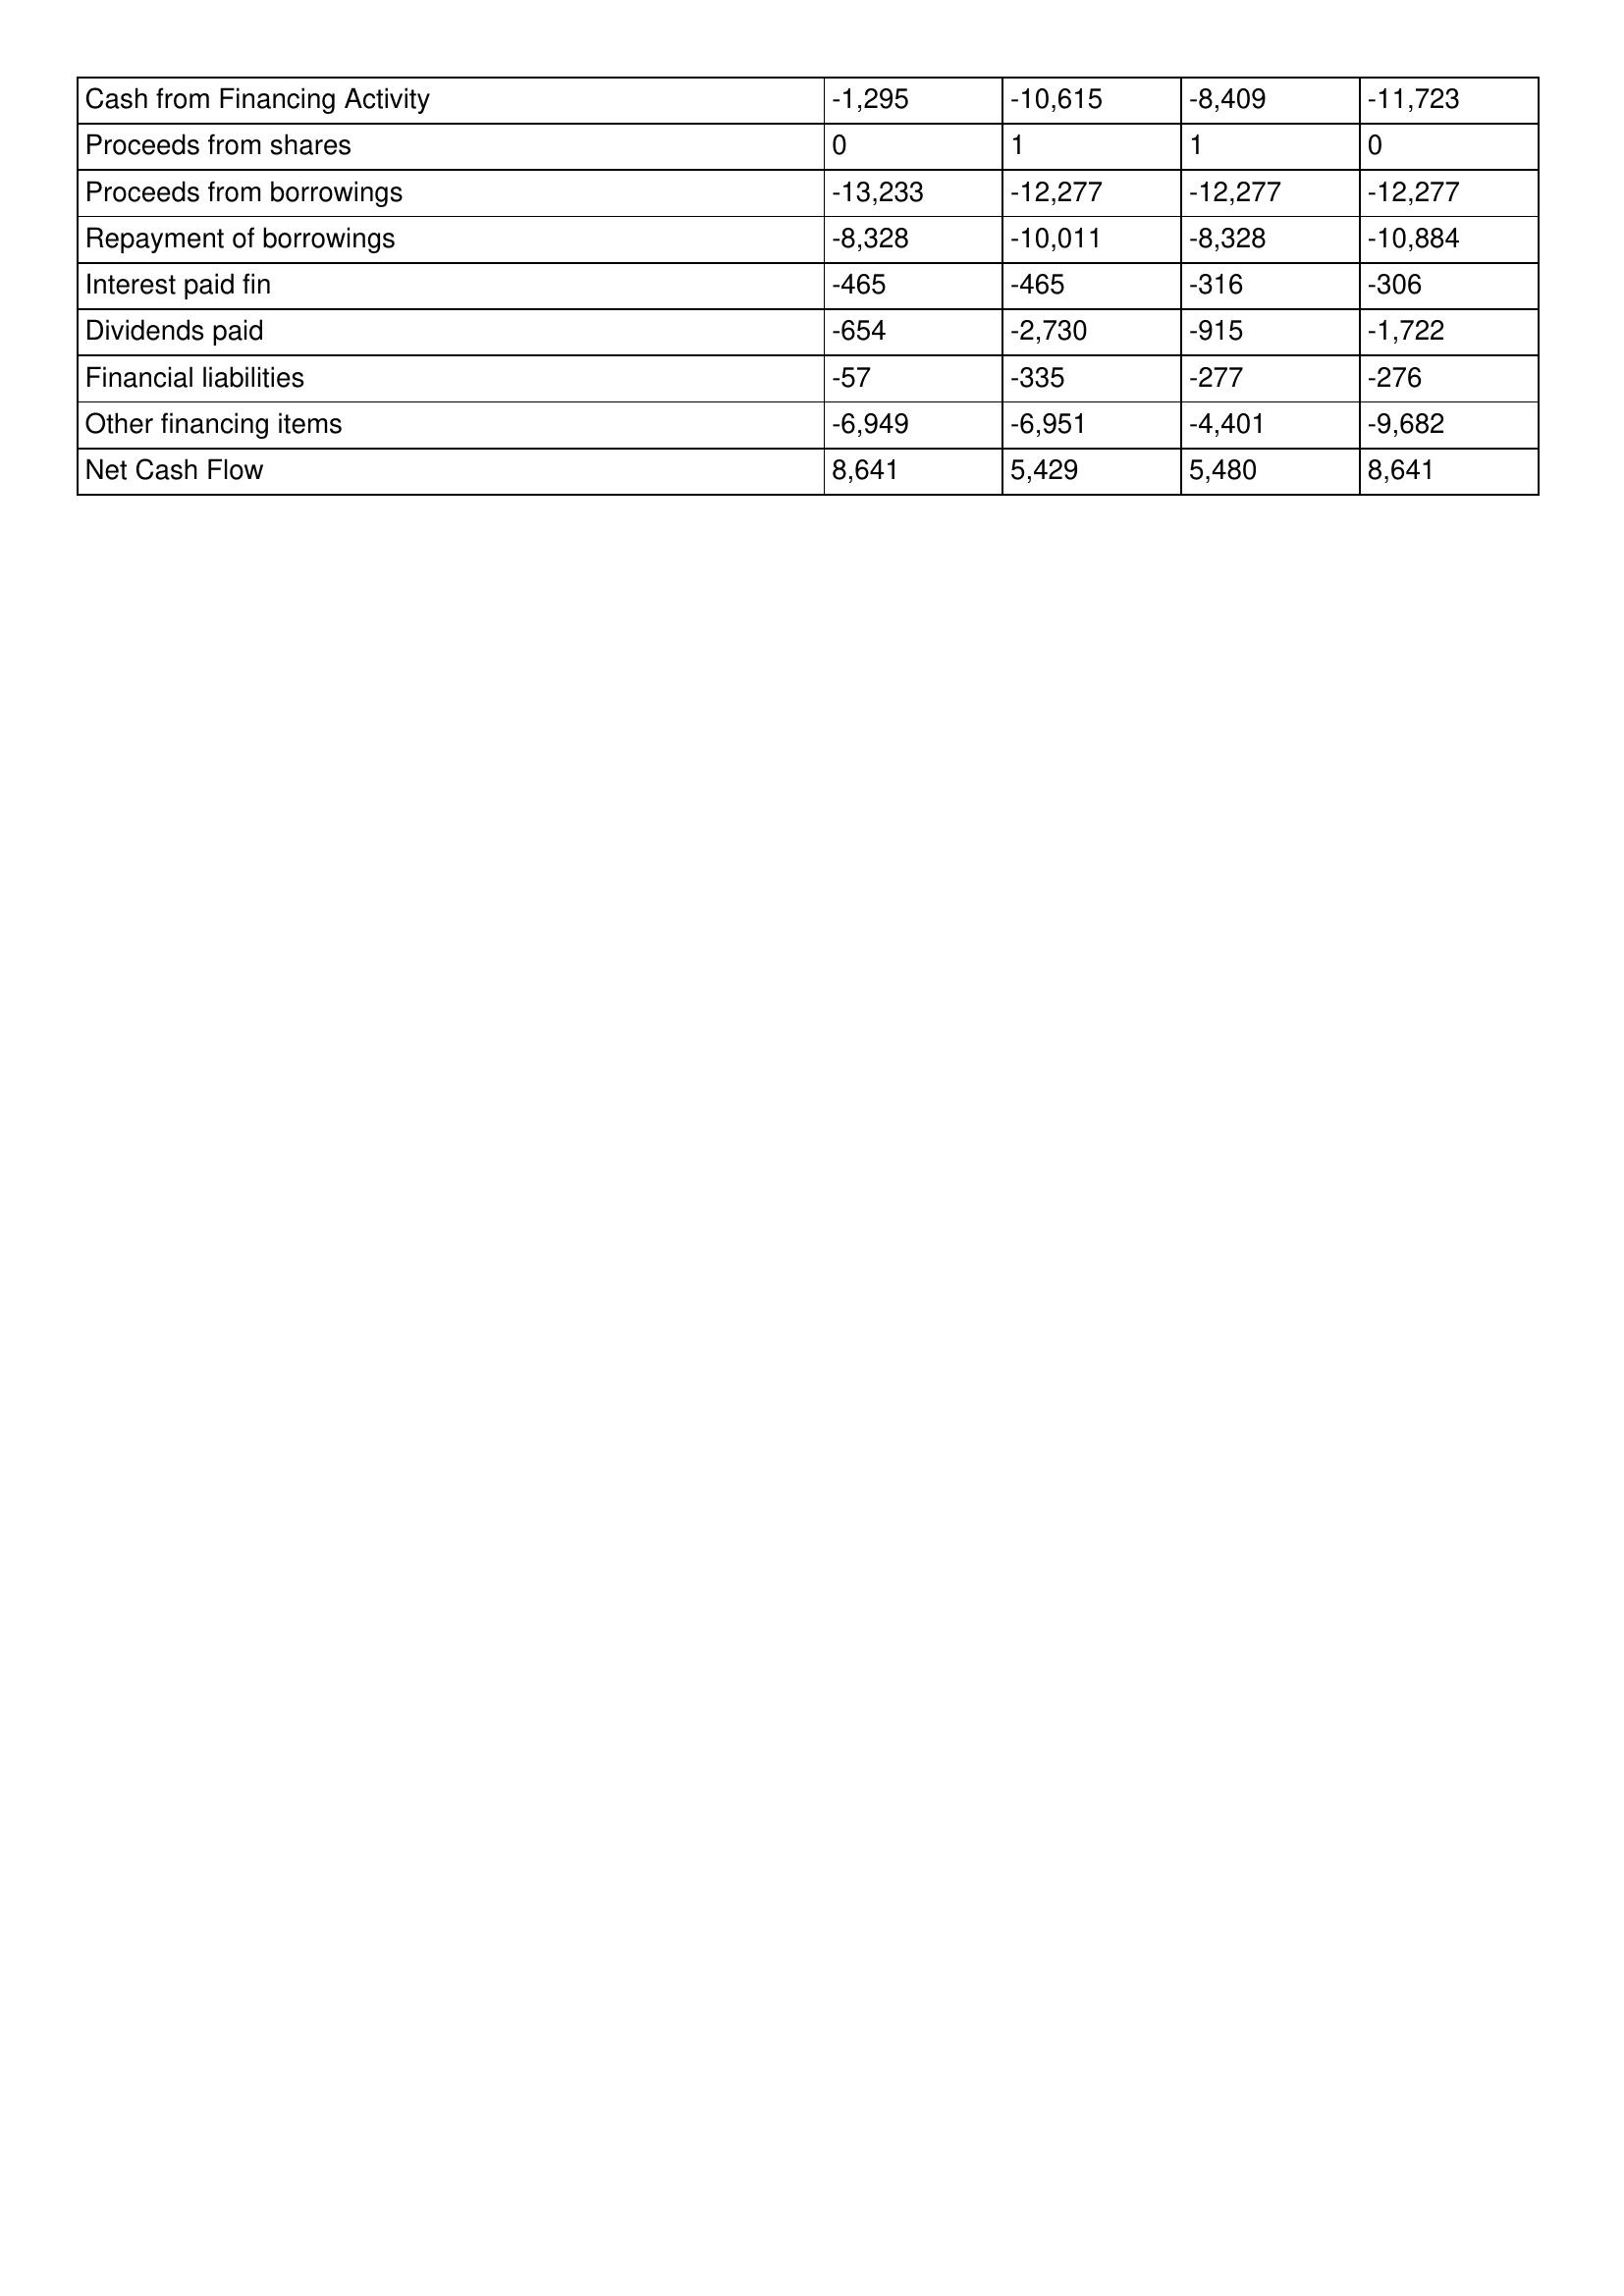
gt_parse: 1996: Cash Flows: Cash from Financing Activity: -1,295
Proceeds from shares: 0
Proceeds from borrowings: -13,233
Repayment of borrowings: -8,328
Interest paid fin: -465
Dividends paid: -654
Financial liabilities: -57
Other financing items: -6,949
Net Cash Flow: 8,641
1995: Cash Flows: Cash from Financing Activity: -10,615
Proceeds from shares: 1
Proceeds from borrowings: -12,277
Repayment of borrowings: -10,011
Interest paid fin: -465
Dividends paid: -2,730
Financial liabilities: -335
Other financing items: -6,951
Net Cash Flow: 5,429
1994: Cash Flows: Cash from Financing Activity: -8,409
Proceeds from shares: 1
Proceeds from borrowings: -12,277
Repayment of borrowings: -8,328
Interest paid fin: -316
Dividends paid: -915
Financial liabilities: -277
Other financing items: -4,401
Net Cash Flow: 5,480
1993: Cash Flows: Cash from Financing Activity: -11,723
Proceeds from shares: 0
Proceeds from borrowings: -12,277
Repayment of borrowings: -10,884
Interest paid fin: -306
Dividends paid: -1,722
Financial liabilities: -276
Other financing items: -9,682
Net Cash Flow: 8,641